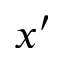
x ^ { \prime }